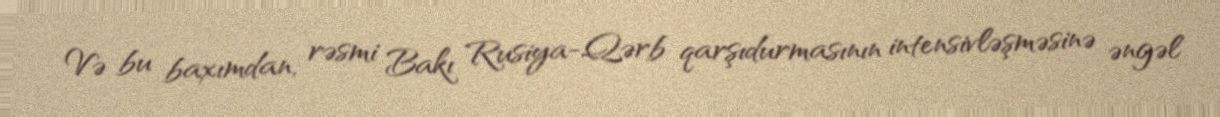
Və bu baxımdan, rəsmi Bakı Rusiya-Qərb qarşıdurmasının intensivləşməsinə əngəl